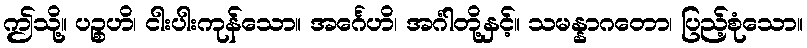
ဤသို့။ ပဉ္စဟိ၊ ငါးပါးကုန်သော။ အင်္ဂေဟိ၊ အင်္ဂါတို့နှင့်။ သမန္နာဂတော၊ ပြည့်စုံသော။